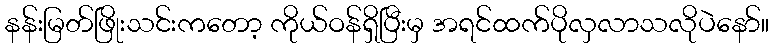
နန်းမြတ်ဖြိုးသင်းကတော့ ကိုယ်ဝန်ရှိပြီးမှ အရင်ထက်ပိုလှလာသလိုပဲနော်။